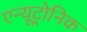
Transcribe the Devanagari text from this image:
एन्यूट्रोनिक